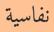
نفاسية